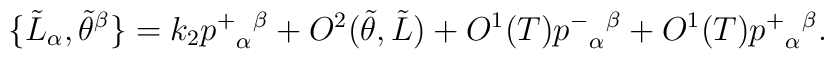
\{\tilde L_\alpha,\tilde\theta^\beta\}=k_2{p^+}_\alpha{}^\beta+O^2(\tilde\theta,\tilde L)+O^1(T){p^-}_\alpha{}^\beta+O^1(T){p^+}_\alpha{}^\beta.